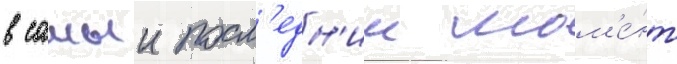
в самыи посл'едн'ии мом'е́нт